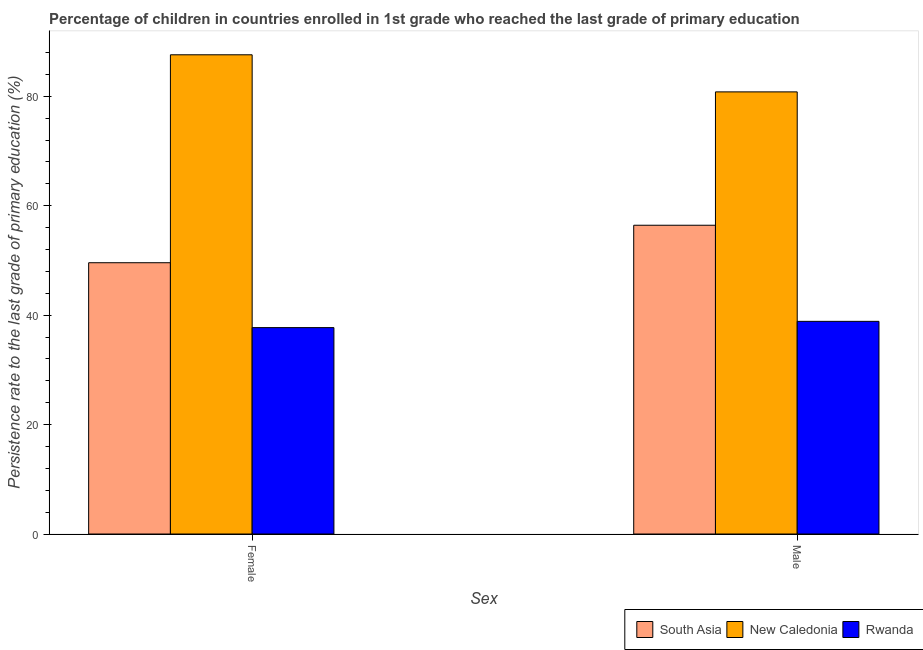
| Sex | South Asia | New Caledonia | Rwanda |
 | --- | --- | --- | --- |
 | Female | 49.6 | 87.6 | 37.7 |
 | Male | 56.4 | 80.8 | 38.9 |